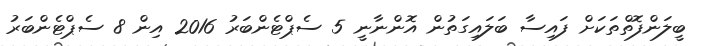
ބީލަންފޮތްތަކަށް ފައިސާ ބަލައިގަތުން އޮންނާނީ 5 ސެޕްޓެންބަރު 2016 އިން 8 ސެޕްޓެންބަރު